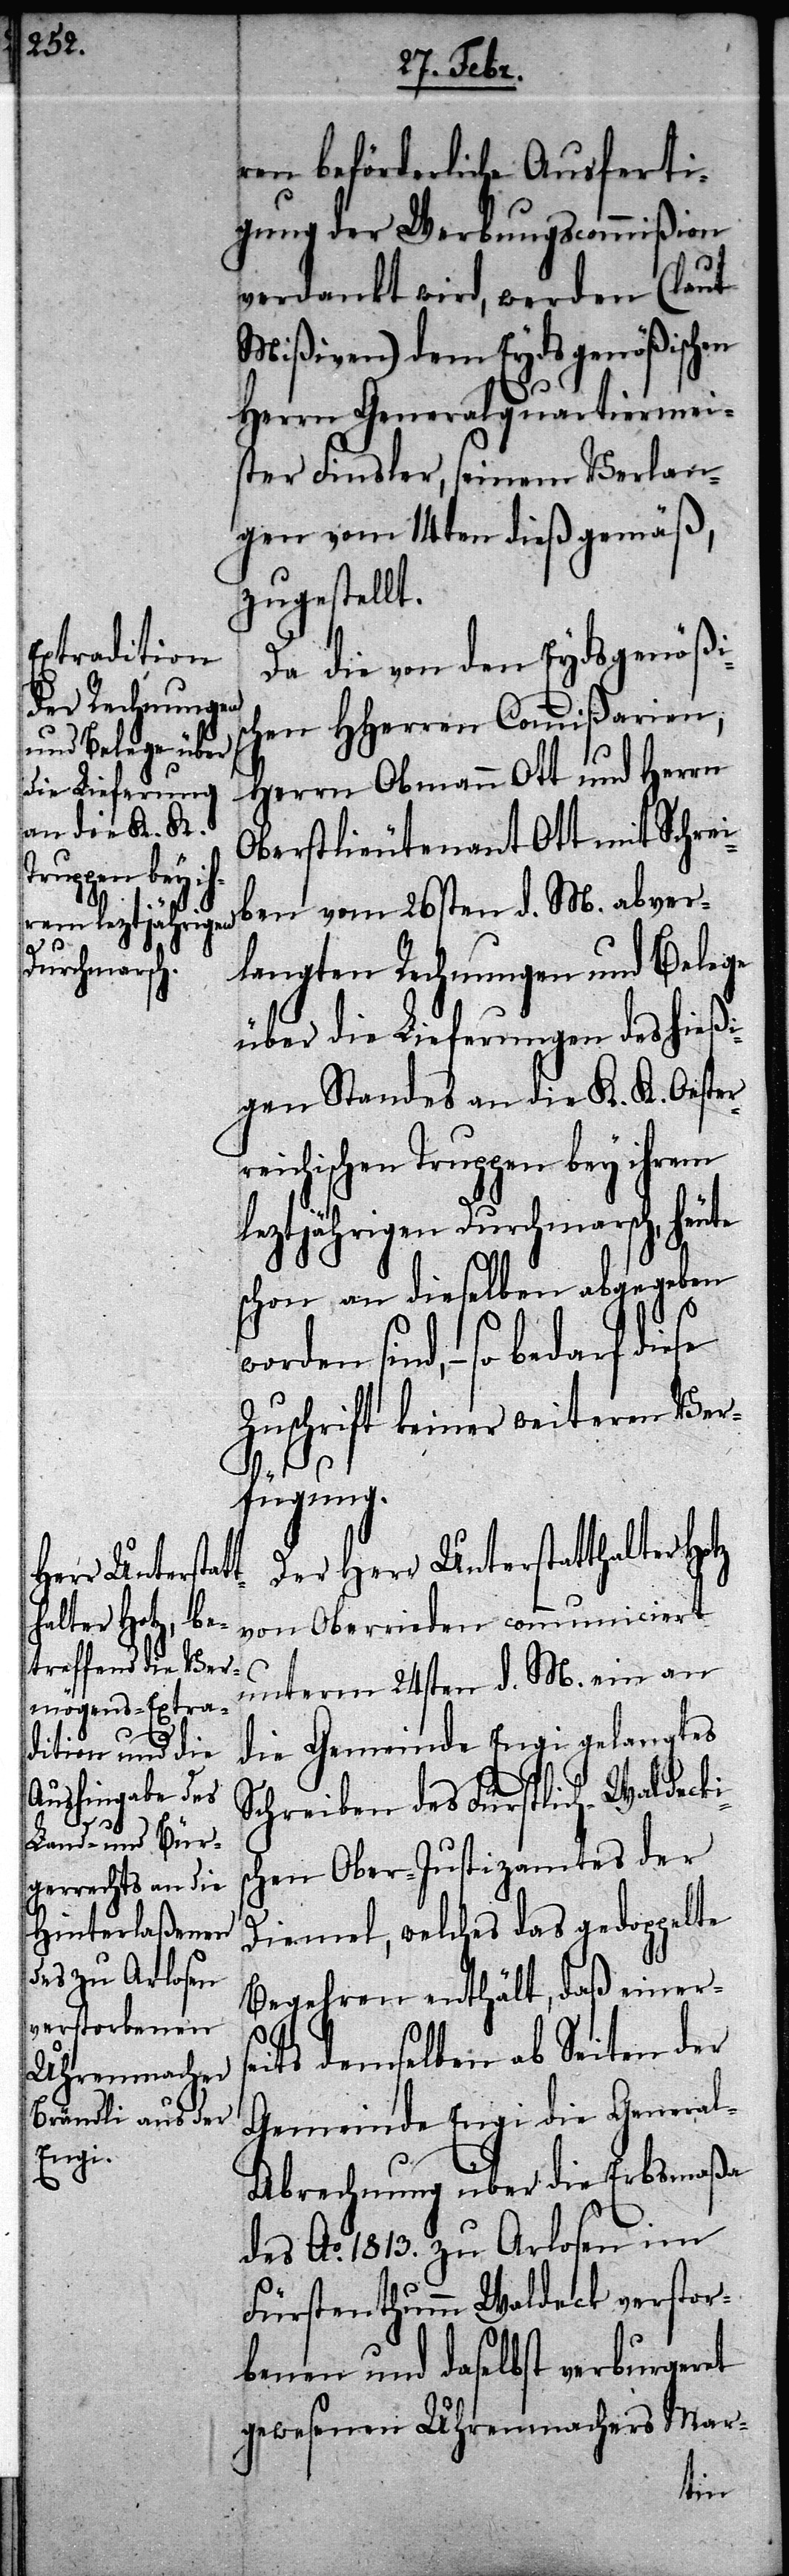
ren beförderliche Ausferti¬
gung der Werbungscommißion
verdankt wird, werden (laut
Mißiven) dem Eydsgenößischen
Herrn Generalquartiermei¬
ster Finsler, seinem Verlan¬
gen vom 14ten dieß gemäß,
zugestellt.
Da die von den Eydsgenößis¬
chen HHerren Commißarien,
Herrn Obmann Ott und Herrn
Oberstlieutenant Ott mit Schrei¬
ben vom 26sten d. M. abver¬
langten Rechnungen des hießi¬
gen Standes an die K. K. Oester¬
reichischen Truppen bey ihrem
leztjährigen Durchmarsch, heu¬
schon an dieselben abgegeben
sind, – so bedarf diese
Zuschrift keiner weiteren Ver¬
fügung.
Der Herr Unterstatthalter
von Oberrieden communiciert
unterm 24sten d. M. ein an
die Gemeinde Engi gelangtes
Schreiben des Fürstlich-Waldeckis¬
chen Ober-Justizamtes der
Diemel, welches das gedoppelte
Begehren enthält, daß einers¬
eits demselben ab Seiten der
Gemeinde Engi die Genera¬
l-Abrechnung über die Erbsmaßa
des Ao. 1813. zu Arlosen im
Fürstenthum Waldeck verstor¬
benen und daselbst verburgeret
gewesenen Uhrenmachers Mar-
te